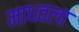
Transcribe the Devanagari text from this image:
माधवला